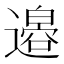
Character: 𫟪